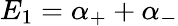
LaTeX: E_{1}=\alpha_{+}+\alpha_{-}